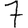
Digit: 7